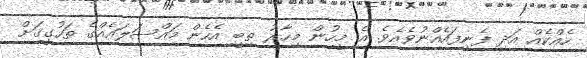
ހެއްކެއް އަދި ފެނިފައެއްނުވެއެވެ. އެ މީހުން މިހާރު ތިބީ އެހެން މައްސަލައެއްގެ ތަހުގީގަށް